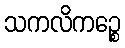
သကလိကဉ္စေ